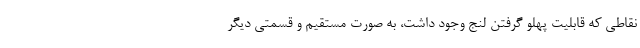
نقاطی که قابلیت پهلو گرفتن لنج وجود داشت، به صورت مستقیم و قسمتی دیگر